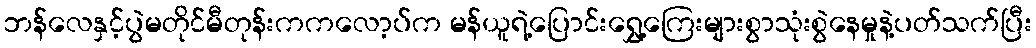
ဘန်လေနှင့်ပွဲမတိုင်မီတုန်းကကလော့ပ်က မန်ယူရဲ့ပြောင်းရွှေ့ကြေးများစွာသုံးစွဲနေမှုနဲ့ပတ်သက်ပြီး